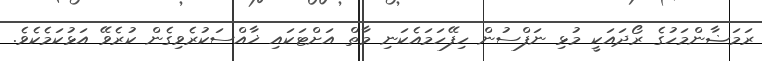
ރަމަޟާންމަހުގެ ރޯދައަކީ މުޅި ނަފްސުން ހިފޭހަމައެކަނި މާތް އަށްޓަކައި ޚާއްސަކުރެވިގެން ކުރެވޭ އަޅުކަމެކެވެ.